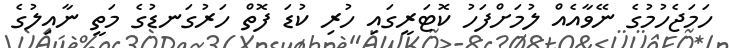
ހަމަޖެހުމުގެ ނޭވާއެއް ލުމަށްފަހު ކޮޓަރީގައި ހުރި ކުޑަ ފޮތް ހަރުގަނޑުގެ މަތީ ނާއިލުގެ